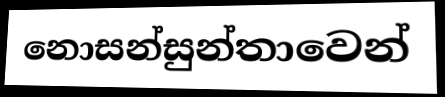
නොසන්සුන්තාවෙන්